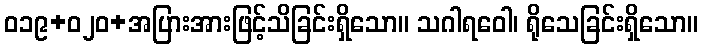
ဝ၁၉+၀၂ဝ+အပြားအားဖြင့်သိခြင်းရှိသော။ သဂါရဝေါ၊ ရိုသေခြင်းရှိသော။